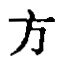
方